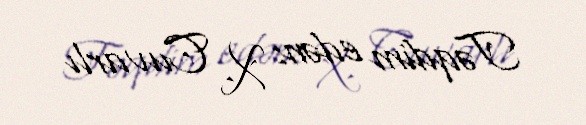
Təqdim edən: X. Cuvarlı